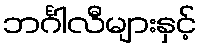
ဘင်္ဂါလီများနှင့်